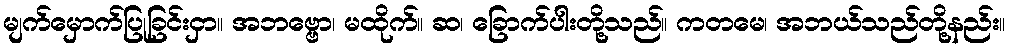
မျက်မှောက်ပြုခြင်းငှာ။ အဘဗ္ဗော၊ မထိုက်။ ဆ၊ ခြောက်ပါးတို့သည်။ ကတမေ၊ အဘယ်သည်တို့နည်း။